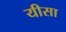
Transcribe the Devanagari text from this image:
यीसा